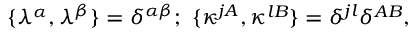
\{ \lambda ^ { \alpha } , \lambda ^ { \beta } \} = \delta ^ { \alpha \beta } ; \ \{ \kappa ^ { j A } , \kappa ^ { l B } \} = \delta ^ { j l } \delta ^ { A B } ,